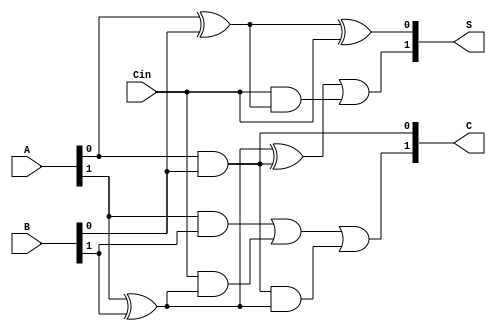
module Dynamic_Carry_Save_Adder (
    input [1:0] A,      // First operand
    input [1:0] B,      // Second operand
    input Cin,          // Carry-in
    output [1:0] S,     // Sum output
    output [1:0] C      // Carry output
);
    // Intermediate wires for partial sums and carries
    wire [1:0] sum_temp;
    wire [1:0] carry_temp;

    // Calculate Partial Sums using XOR gates
    assign sum_temp[0] = A[0] ^ B[0] ^ Cin;  // S0
    assign sum_temp[1] = A[1] ^ B[1] ^ (A[0] & B[0]) | (Cin & (A[0] ^ B[0])); // S1 (evaluating carry)

    // Calculate Carry generation using AND gates
    assign carry_temp[0] = A[0] & B[0]; // C0
    assign carry_temp[1] = (A[1] & B[1]) | (Cin & (A[1] ^ B[1])) | (carry_temp[0] & (A[1] ^ B[1])); // C1

    // Assign outputs
    assign S = sum_temp;
    assign C = carry_temp;

endmodule